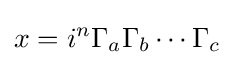
x=i^{n}\Gamma _{a}\Gamma _{b}\cdots \Gamma _{c}